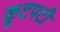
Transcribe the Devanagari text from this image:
कूटपटी